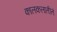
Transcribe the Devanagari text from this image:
कालकलातीतं